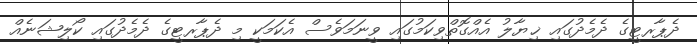
ދެޕާރޓީގެ ދެމެދުގައި ޚިޔާލު އެއްގޮތްވިކަމުގައި ވީނަމަވެސް އެކަމަކީ މި ދެޕާރޓީގެ ދެމެދުގައި ކޯލިޝަނެއް